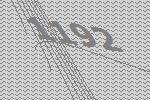
1192